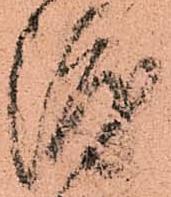
渡